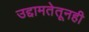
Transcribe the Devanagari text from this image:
उद्दामतेतूनही